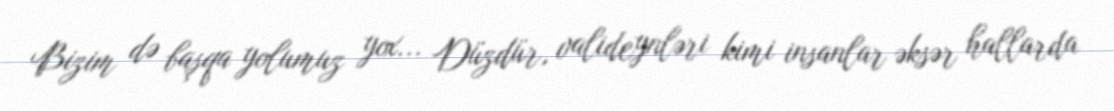
Bizim də başqa yolumuz yox... Düzdür, valideynləri kimi insanlar əksər hallarda